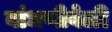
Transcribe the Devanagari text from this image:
बांधणीवेळी